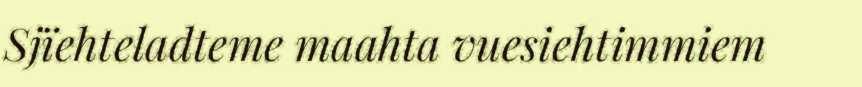
Sjïehteladteme maahta vuesiehtimmiem